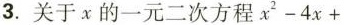
3.关于x的一元二次方程$$x ^ { 2 }